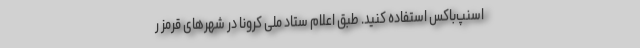
اسنپ‌باکس استفاده کنید. طبق اعلام ستاد ملی کرونا در شهرهای قرمز ر